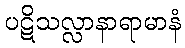
ပဋိသလ္လာနာရာမာနံ